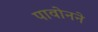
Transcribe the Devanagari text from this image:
पावोनने